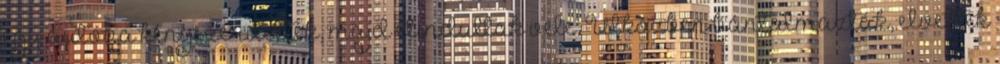
egy autóba kényszerítették, majd elindultak vele. Útközben bántalmazták, elvették